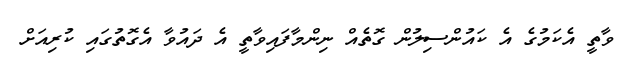
ވާތީ އެކަމުގެ އެ ކައުންސިލުން ގޮތެއް ނިންމާފައިވާތީ އެ ދައުވާ އެގޮތުގައި ކުރިއަށް